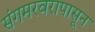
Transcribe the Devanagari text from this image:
संगमरवरापासून